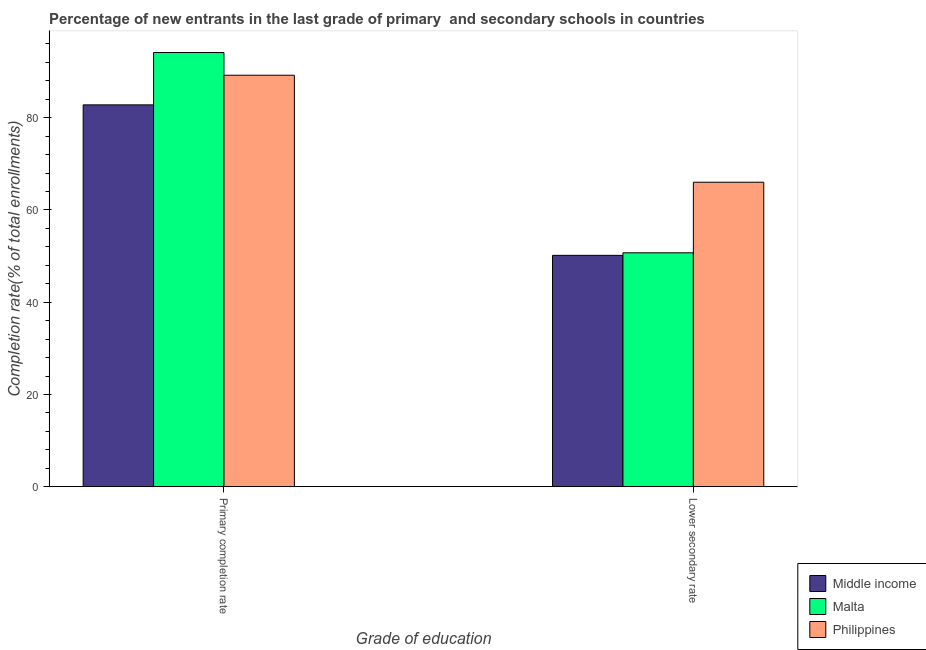
| Grade of education | Middle income | Malta | Philippines |
 | --- | --- | --- | --- |
 | Primary completion rate | 82.8 | 94.1 | 89.2 |
 | Lower secondary rate | 50.2 | 50.7 | 66 |